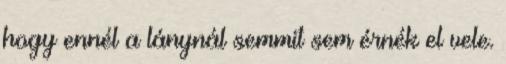
hogy ennél a lánynál semmit sem érnék el vele.